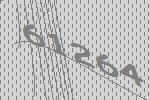
61264